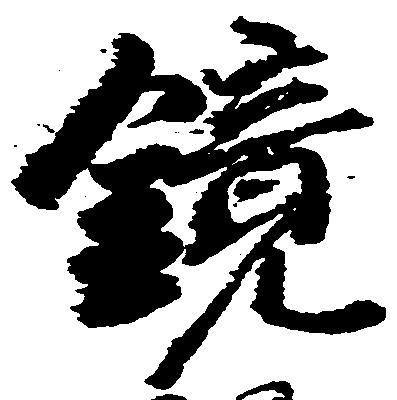
鏡